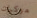
مركبات